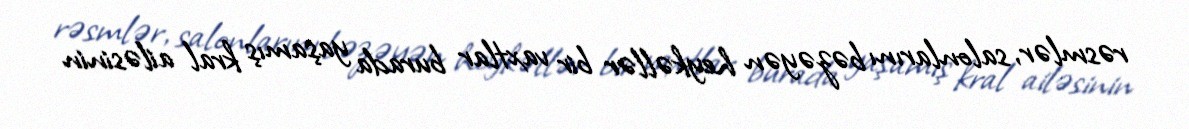
rəsmlər, salonlarını bəzəyən heykəllər bir vaxtlar burada yaşamış kral ailəsinin